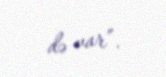
də var”.